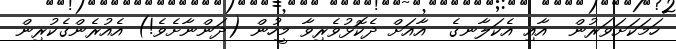
ހަމަކަށަވަރުން  އާއި އެކަލާނގެ  އާއަށް ދެކޮޅުވެރިވާ މީހުން (ދަންނާށެވެ!) އެއުރެންގެކުރިން